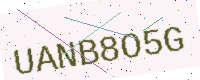
Text: UANB8O5G